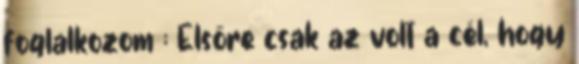
foglalkozom ; Elsőre csak az volt a cél, hogy